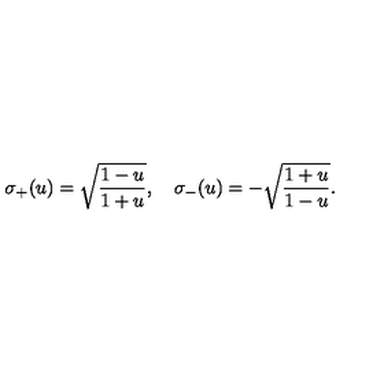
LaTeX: \sigma _ { + } ( u ) = \sqrt { { \frac { 1 - u } { 1 + u } } } , \quad \sigma _ { - } ( u ) = - \sqrt { { \frac { 1 + u } { 1 - u } } } .